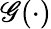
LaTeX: \mathscr{G}(\cdot)